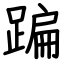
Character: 蹁